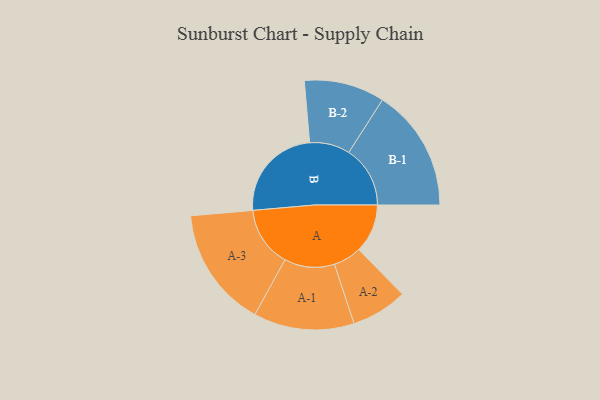
{"axis": {"x": "Segment", "y": "Value"}, "legend": ["", "A", "B"], "data": [{"x": "A", "y": 224, "type": ""}, {"x": "B", "y": 443, "type": ""}, {"x": "A-1", "y": 231, "type": "A"}, {"x": "A-2", "y": 129, "type": "A"}, {"x": "A-3", "y": 277, "type": "A"}, {"x": "B-1", "y": 282, "type": "B"}, {"x": "B-2", "y": 185, "type": "B"}]}